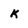
Character: k